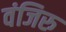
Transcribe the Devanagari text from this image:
वंजिरु